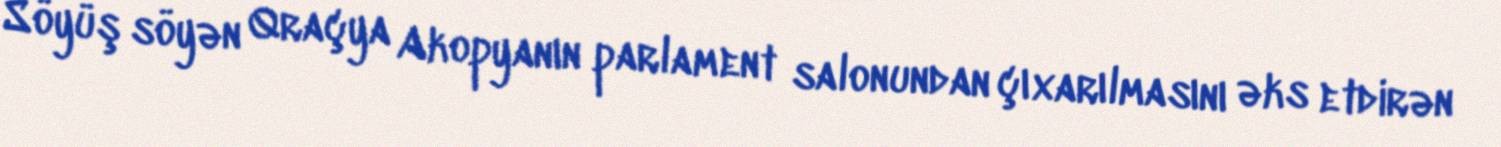
Söyüş söyən Qraçya Akopyanın parlament salonundan çıxarılmasını əks etdirən